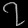
Digit: ၇